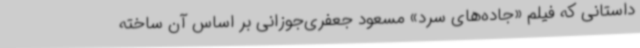
داستانی که فیلم «جاده‌های سرد» مسعود جعفری‌جوزانی بر اساس آن ساخته